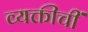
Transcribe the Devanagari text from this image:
व्यक्तीचीं